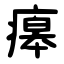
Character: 㿁